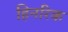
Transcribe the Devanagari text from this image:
हिनरिक